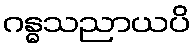
ဂန္ဓသညာယပိ